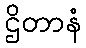
ဌိတာနံ